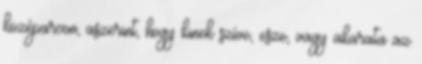
középarcon, aszerint, hogy kinek szíve, esze, vagy akarata az